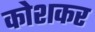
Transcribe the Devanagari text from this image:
कोशकर